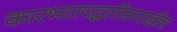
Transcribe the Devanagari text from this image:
कारभारपद्धतीसारखीच